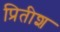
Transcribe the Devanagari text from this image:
प्रितीश